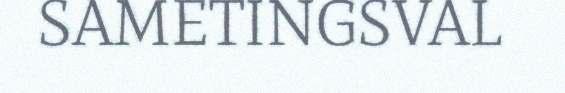
SAMETINGSVAL